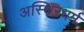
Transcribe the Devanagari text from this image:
अस्थिरधर्म